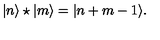
| n \rangle \star | m \rangle = | n + m - 1 \rangle .